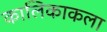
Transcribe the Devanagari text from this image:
कालिकाकला